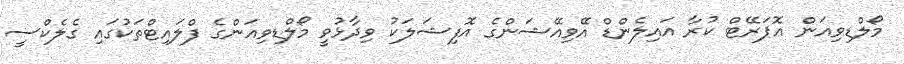
މޯލްޑިވިއަން އޮޕަރޭޓް ކުރާ އައިލެންޑް އޭވިއޭޝަންގެ އޮފިޝަލަކު ވިދާޅުވީ މޯލްޑިވިއަންގެ ފްލައިޓްތަކުގައި ގެެލެކްސީ